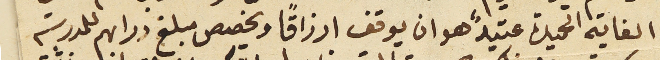
الغاية الحميدة عتيدً هو ان يوقف ارزاقًا ويخصص مبلغ دراهم للمدرسة